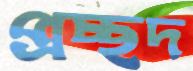
প্রচ্ছদ